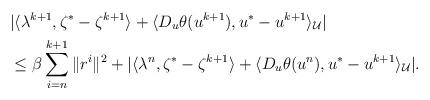
LaTeX: \begin{align*}\begin{aligned}&|\langle \lambda^{k+1}, \zeta^* - \zeta^{k+1}\rangle + \langle D_u\theta(u^{k+1}), u^* - u^{k+1} \rangle_\mathcal{U}| \\& \leq \beta\sum\limits_{i = n}^{k+1}\|r^{i}\|^2 + |\langle \lambda^n, \zeta^* - \zeta^{k+1}\rangle + \langle D_u\theta(u^n), u^* - u^{k+1} \rangle_\mathcal{U}|.\end{aligned}\end{align*}